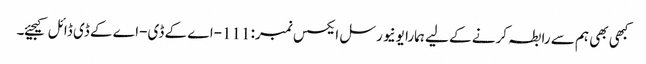
کبھی بھی ہم سے رابطہ کرنے کے لیے ہمارا یونیورسل ایکسس نمبر: 111-اے کے ڈی-اے کے ڈی ڈائل کیجیئے۔